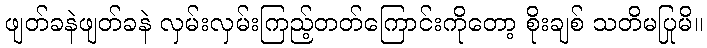
ဖျတ်ခနဲဖျတ်ခနဲ လှမ်းလှမ်းကြည့်တတ်ကြောင်းကိုတော့ စိုးချစ် သတိမပြုမိ။